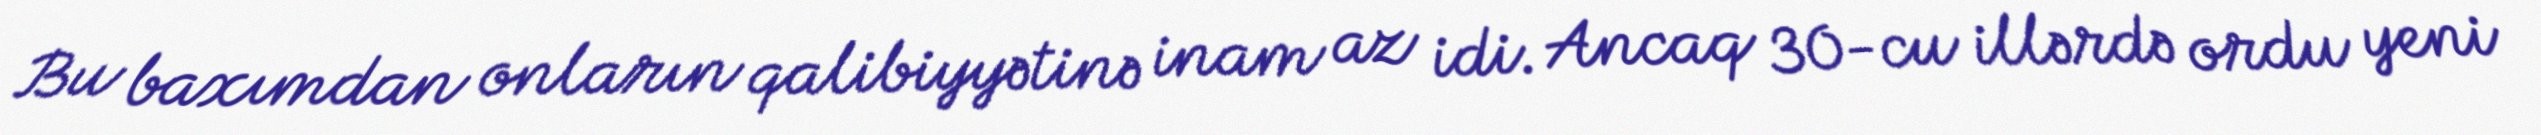
Bu baxımdan onların qalibiyyətinə inam az idi. Ancaq 30-cu illərdə ordu yeni